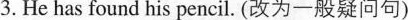
3.He has found his pencil. (改为一般疑问句)